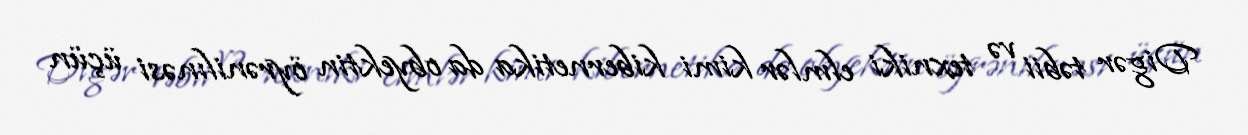
Digər təbii və texniki elmlər kimi kibernetika da obyektin öyrənilınəsi üçün